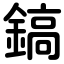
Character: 鎬